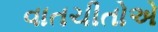
વાતચીતોએ